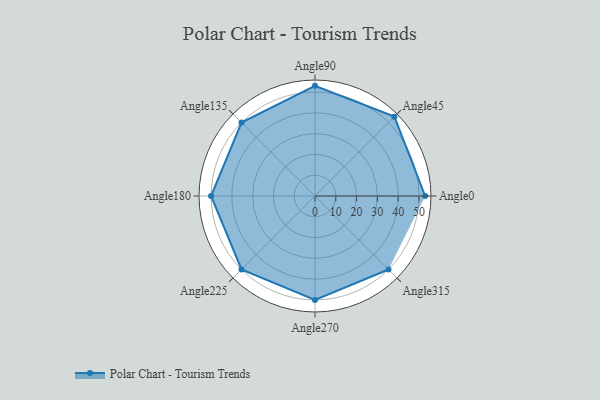
{"axis": {"x": "Angle", "y": "Radius"}, "legend": [""], "data": [{"x": "Angle0", "y": 53.0, "type": ""}, {"x": "Angle45", "y": 54.0, "type": ""}, {"x": "Angle90", "y": 53.0, "type": ""}, {"x": "Angle135", "y": 50, "type": ""}, {"x": "Angle180", "y": 50, "type": ""}, {"x": "Angle225", "y": 50, "type": ""}, {"x": "Angle270", "y": 50, "type": ""}, {"x": "Angle315", "y": 50, "type": ""}]}